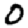
Digit: 0